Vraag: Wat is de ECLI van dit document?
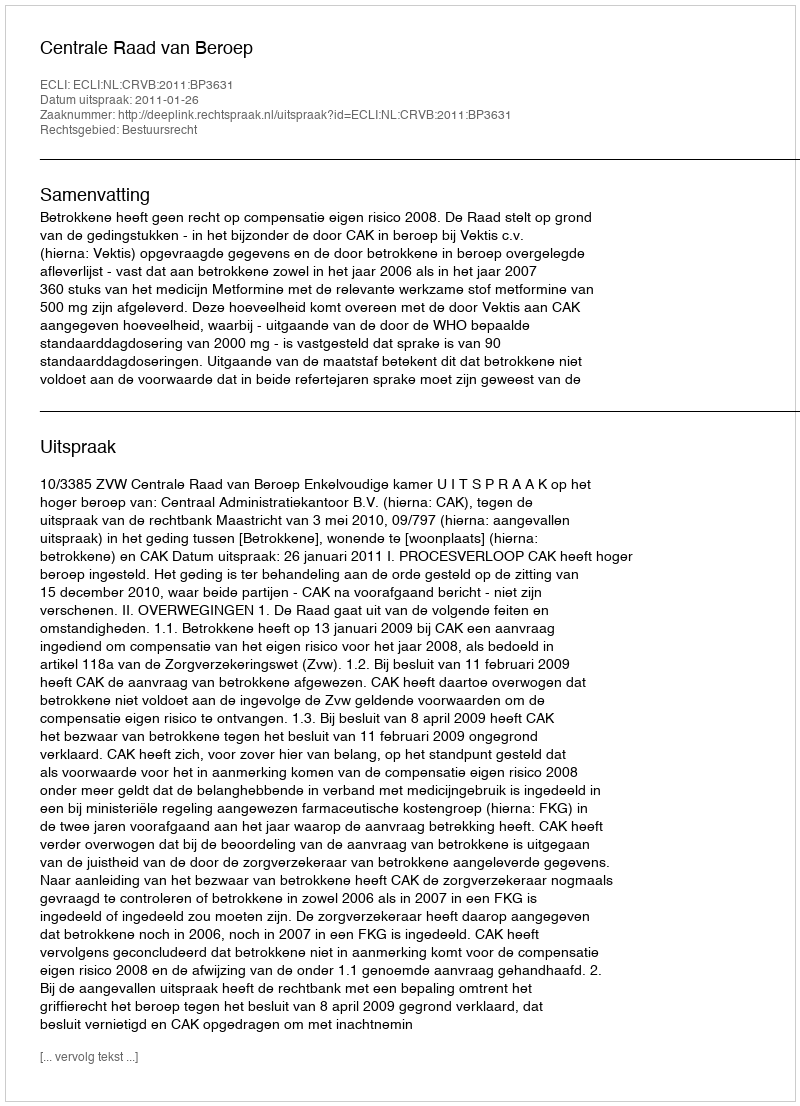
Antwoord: ECLI:NL:CRVB:2011:BP3631